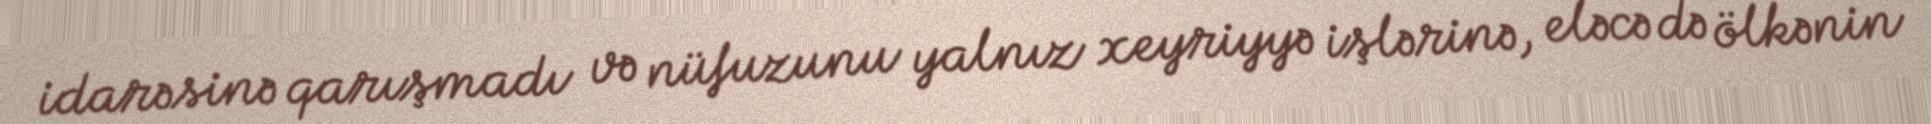
idarəsinə qarışmadı və nüfuzunu yalnız xeyriyyə işlərinə, eləcə də ölkənin